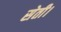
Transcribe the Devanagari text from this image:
सेती।